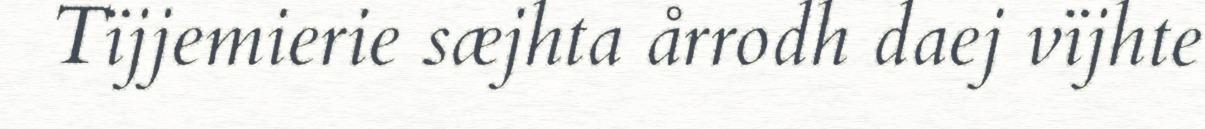
Tïjjemierie sæjhta årrodh daej vïjhte